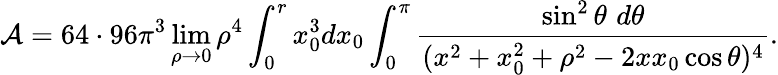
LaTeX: {\cal A}=64\cdot 96\pi^{3}\operatorname*{lim}_{\rho\rightarrow 0}\rho^{4}\int_{0}^{r}x_{0}^{3}dx_{0}\int_{0}^{\pi}{\frac{\sin^{2}\theta\, \, d\theta}{(x^{2}+x_{0}^{2}+\rho^{2}-2xx_{0}\cos\theta)^{4}}}.